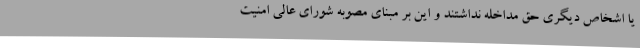
یا اشخاص دیگری حق مداخله نداشتند و این بر مبنای مصوبه شورای عالی امنیت